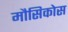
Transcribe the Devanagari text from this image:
मौसिकोस